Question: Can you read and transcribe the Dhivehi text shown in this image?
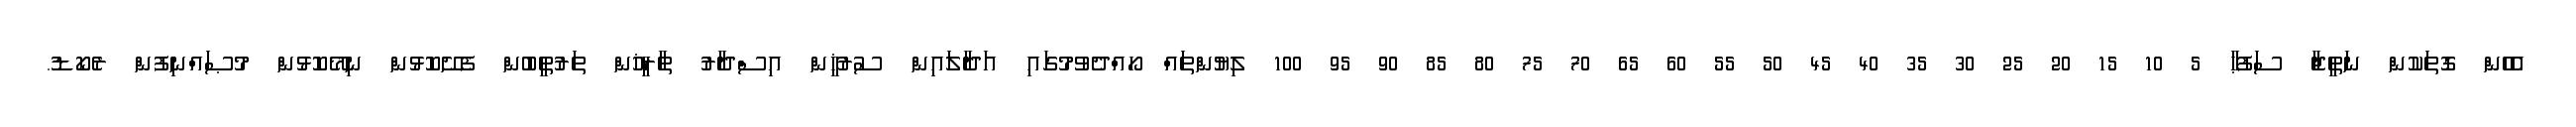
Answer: އެހެން ގޮތަކުން ނަތީޖާ ސަފުޙާ 5 10 15 20 25 30 35 40 45 50 55 60 65 70 75 80 85 90 95 100 ލިޔުންތައް ހޯއްދެވުމުގައި އަދާލައިން ސުރުޚީން އިސްދާރު ތާރީޚުން ތަރުތީބުން ފެށޭކޮޅުން ނިމޭކޮޅުން މުޞައްނިފުން ރެކޯޑު.